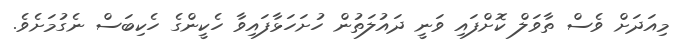
މިއަދަށް ވެސް ތާވަލް ކޮށްފައި ވަނީ ދައުލަތުން ހުށަހަޅާފައިވާ ހެކީންގެ ހެކިބަސް ނެގުމަށެވެ.